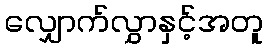
လျှောက်လွှာနှင့်အတူ